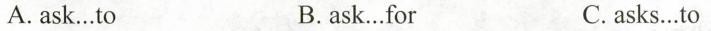
A. ask.To B.ask…for C. asks…to